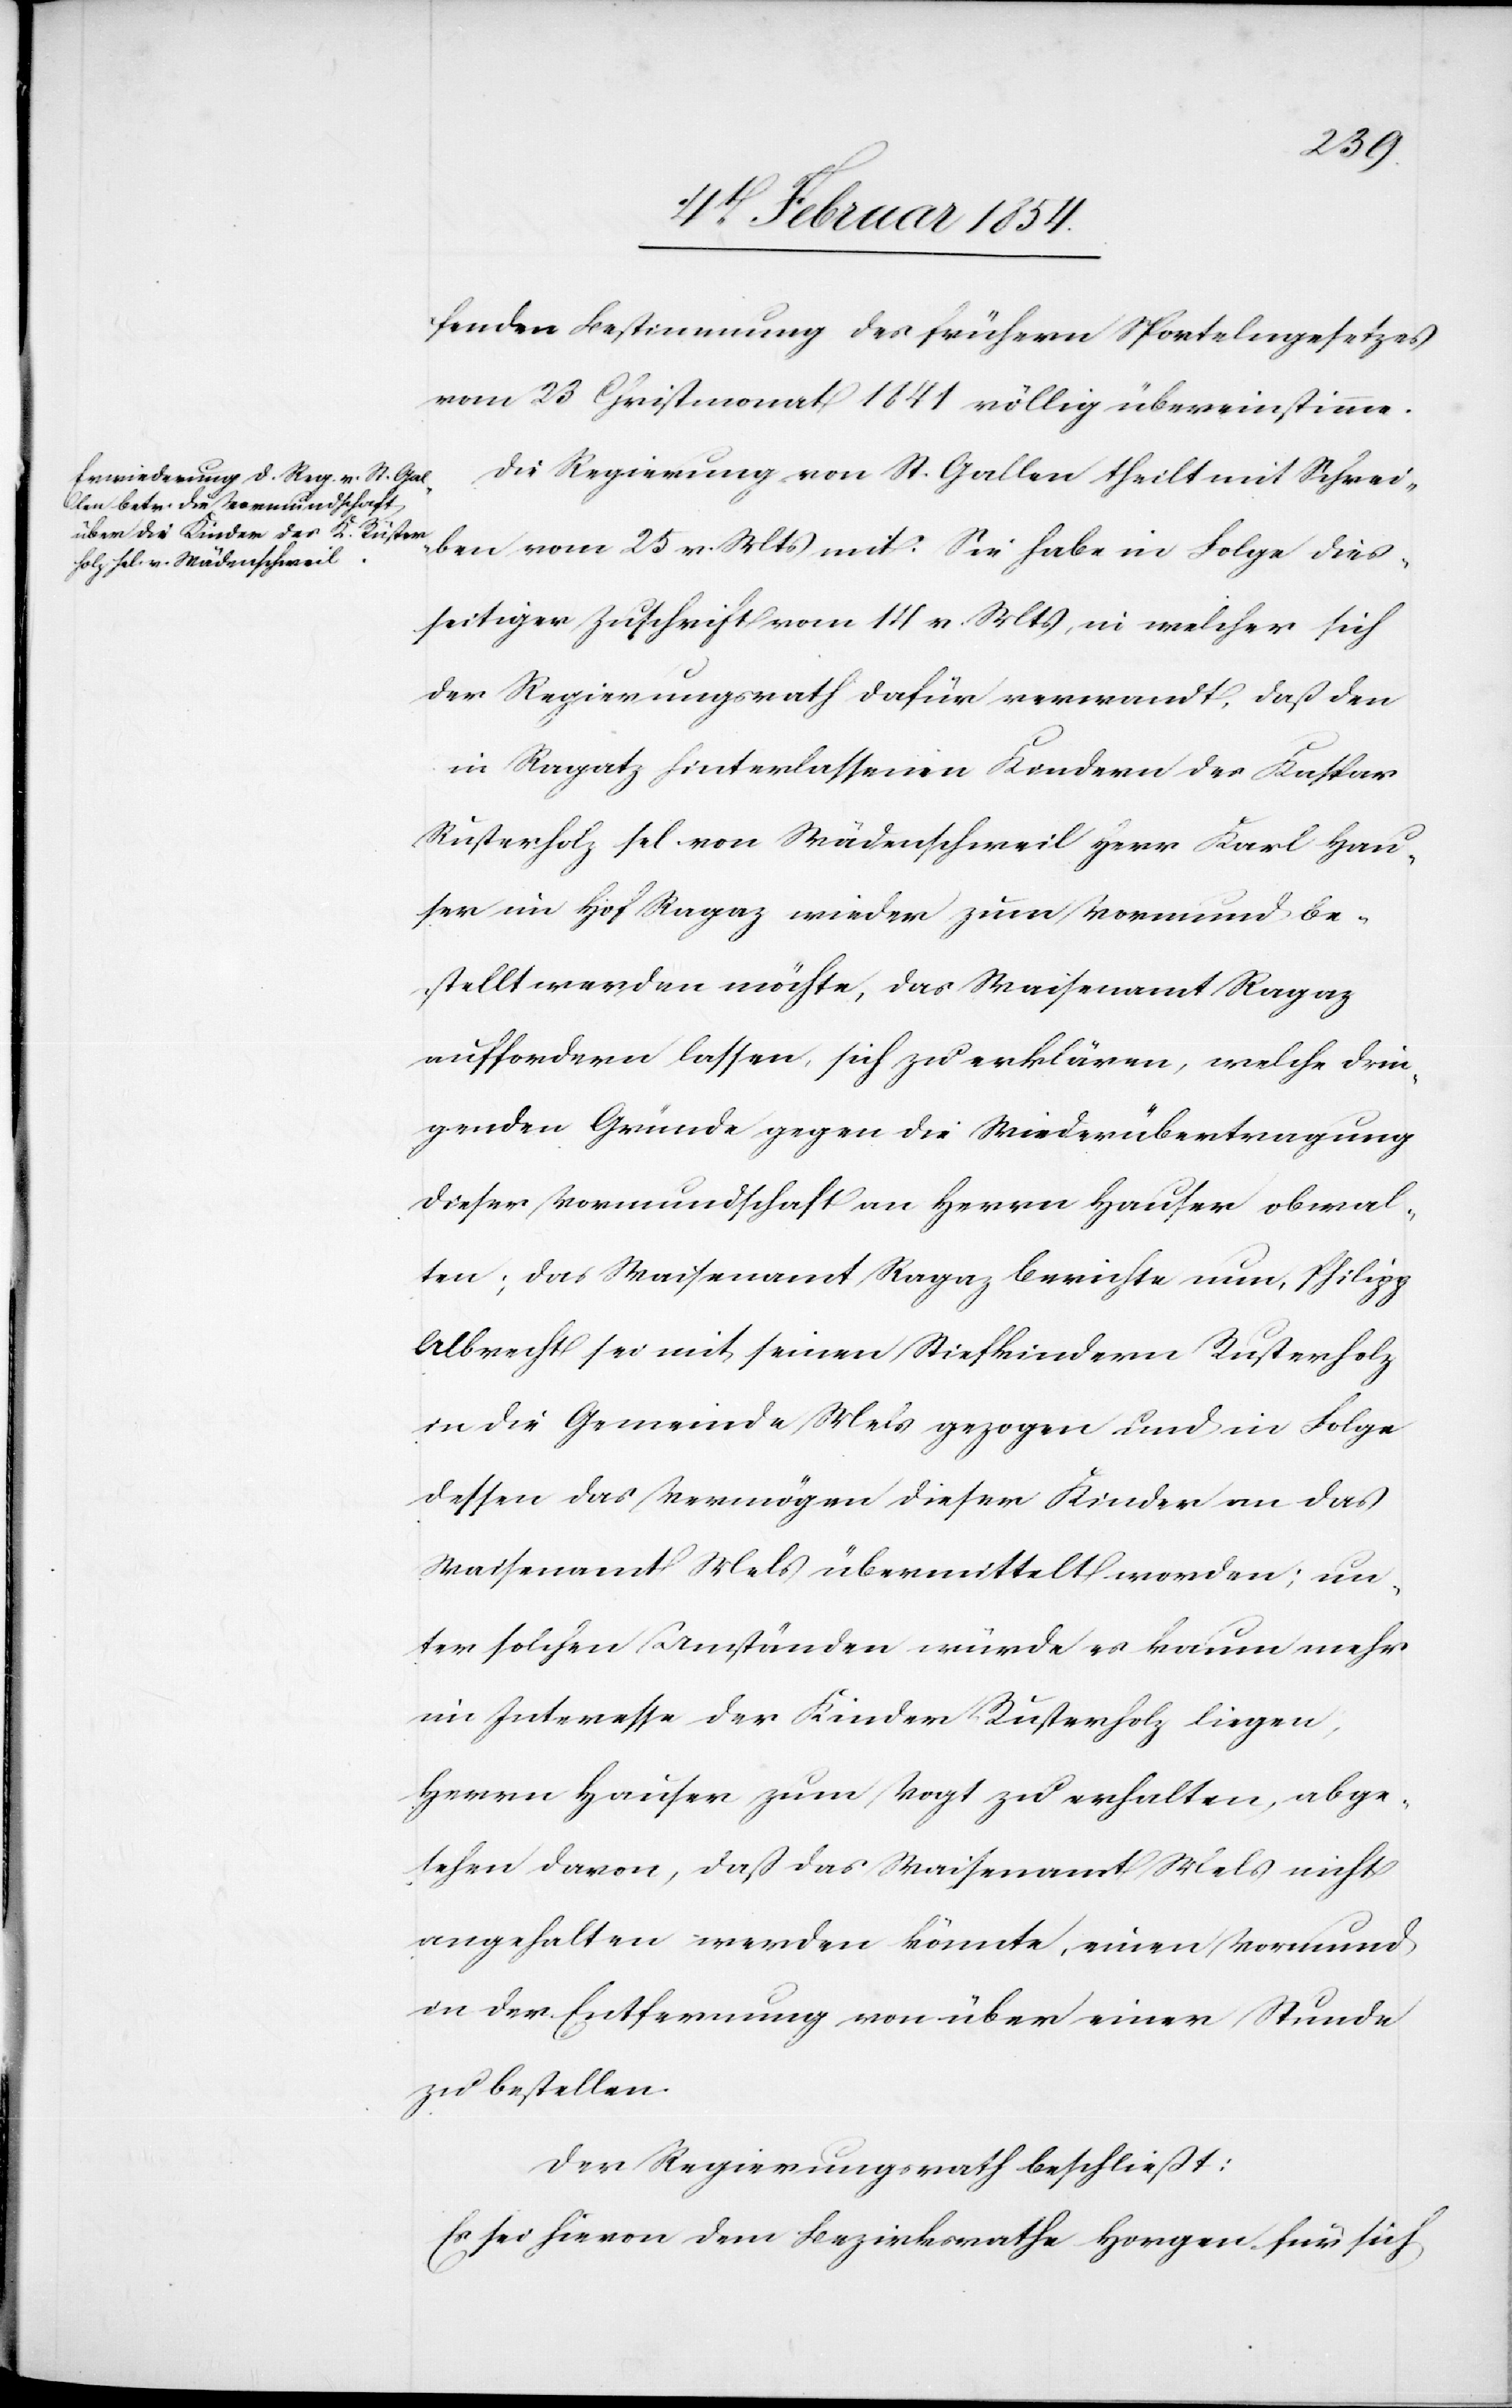
fenden Bestimmung des frühern Sportelngesetzes
vom 23 Christmonat 1841 völlig übereinstimme.
Die Regierung von St. Gallen theilt mit Schrei¬
ben vom 25 v. Mts mit: Sie habe in Folge dies¬
seitiger Zuschrift vom 14 v. Mts, in welcher sich
der Regierungsrath dafür verwandt, daß den
in Ragatz hinterlassenen Kindern des Kaspar
Rusterholz sel. von Wädenschweil Herr Karl Hau¬
ser im Hof Ragaz wieder zum Vormund be¬
stellt werden möchte, das Waisenamt Ragaz
auffordern lassen, sich zu erklären, welche drin¬
genden Gründe gegen die Wiederübertragung
dieser Vormundschaft an Herrn Hauser obwal¬
ten; das Waisenamt Ragaz berichte nun, Philipp
Albrecht sei mit seinen Stiefkindern Rusterholz
in die Gemeinde Wels gezogen und in Folge
dessen das Vermögen dieser Kinder an das
Waisenamt Wels übermittelt worden; un¬
ter solchen Umständen würde es kaum mehr
im Interesse der Kinder Rusterholz liegen,
Herrn Hauser zum Vogt zu erhalten, abge¬
sehen davon, daß das Waisenamt Wels nicht
angehalten werden könnte, einen Vormund
in der Entfernung von über einer Stunde
zu bestellen.
Der Regierungsrath beschließt:
Es sei hievon dem Bezirksrathe Horgen für sich